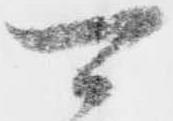
可